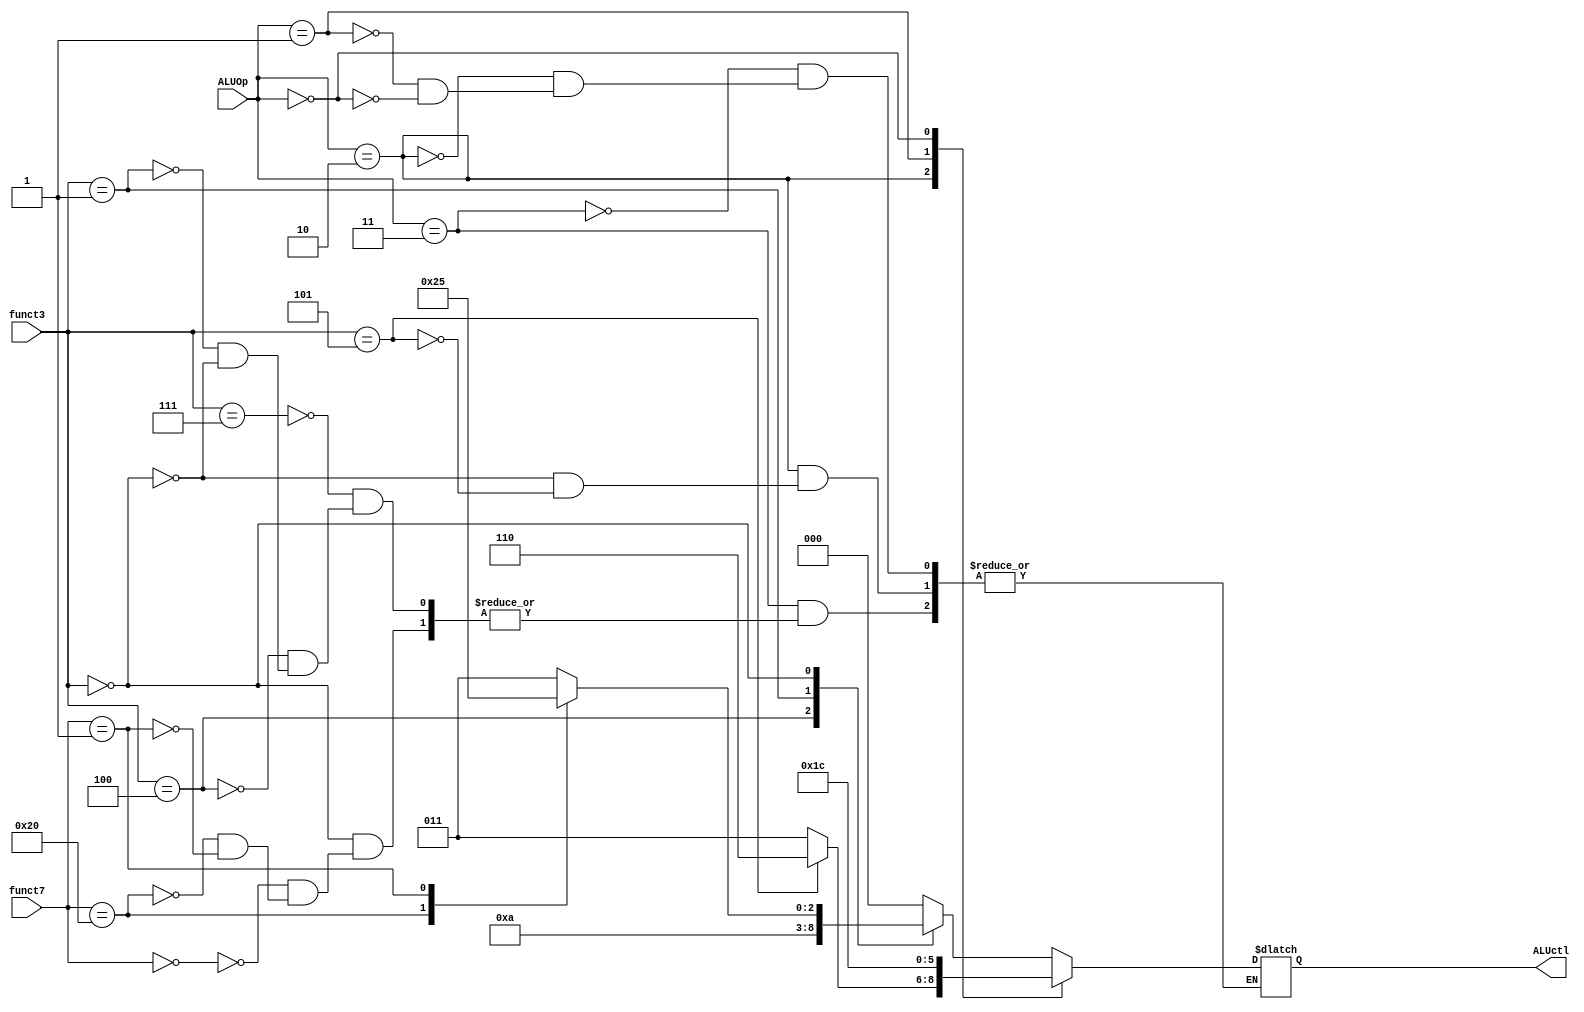
module ALU_Control(
         ALUOp,
         funct7,
         funct3,
         ALUctl
       );

input [1:0] ALUOp;
input [6:0] funct7;
input [2:0] funct3;

output reg [2:0] ALUctl;

always @(ALUOp or funct3 or funct7)
  begin
    case (ALUOp)
      2'b11:  // decided by funct
        begin
          case (funct3)
            3'b111:
              ALUctl <= 0;
            3'b100:
              ALUctl <= 1;
            3'b001:
              ALUctl <= 2;
            3'b000:
              begin
                case (funct7)
                  0:
                    ALUctl <= 3;
                  32:
                    ALUctl <= 4;
                  1:
                    ALUctl <= 5;
                endcase
              end
          endcase
        end
      2'b10:  // decided by funct, with imme
        case (funct3)
          0:
            ALUctl <= 3;
          3'b101:
            ALUctl <= 6;
        endcase
      2'b01:  // always add
        ALUctl <= 3;
      2'b00:  // always sub
        ALUctl <= 4;
    endcase
  end


endmodule